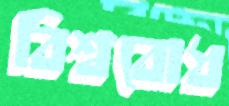
বিশ্ববোধ